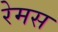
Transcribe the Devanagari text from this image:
रेमस